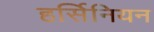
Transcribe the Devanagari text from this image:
हर्सिनियन